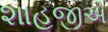
શાહજીએ